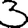
Digit: 3